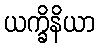
ယက္ခိနိယာ